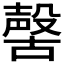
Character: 𣫊